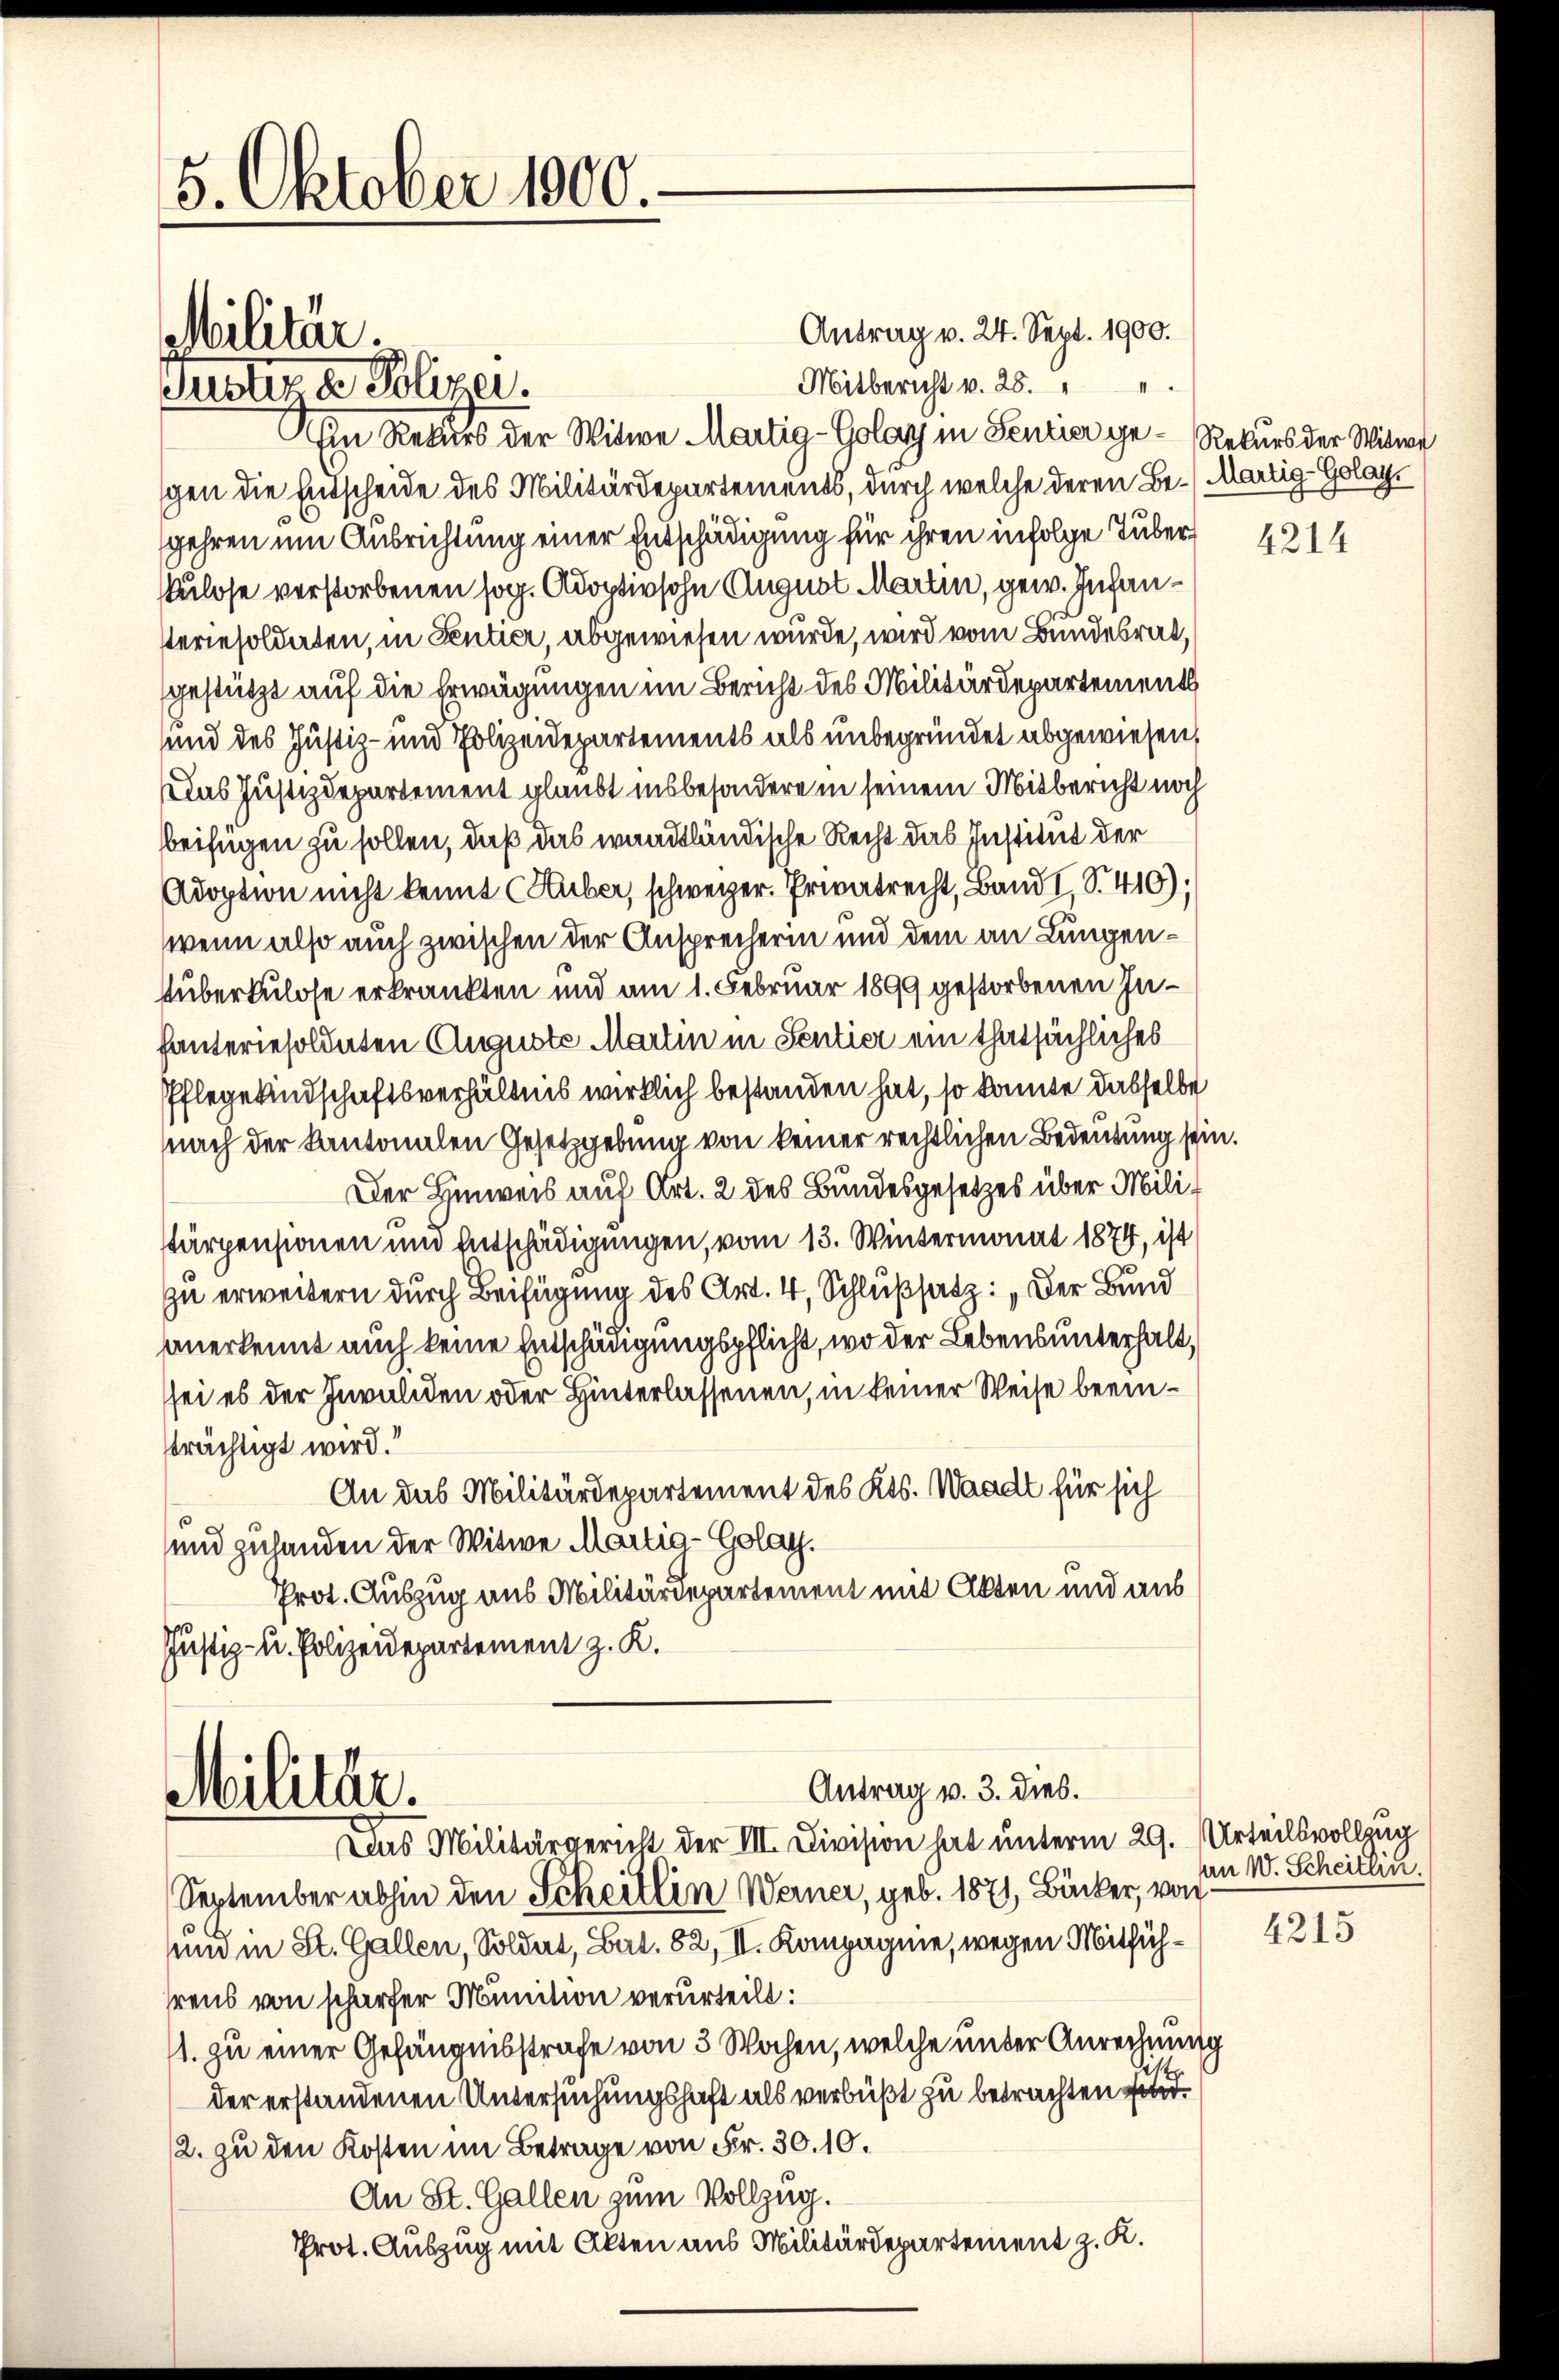
5. Oktober 1900.

Militär.
Justiz & Polizei.

Antrag v. 24. Sept. 1900.
Mitbericht v. 25.
Ein Rekurs der Witwe Martig-Golay in Sentier ge- Rekurs der Witwe
gen die Entscheide des Militärdepartements, durch welche deren Be- Martig-Golay.
gehren um Ausrichtung einer Entschädigung für ihren infolge Tuber,
ulose verstorbenen sog. Adoptivsohn August Martin, gew. Infan¬
Pteriesoldaten, in Sentier, abgewiesen wurde, wird vom Bundesrat,
gestützt auf die Erwägungen im Bericht des Militärdepartement
und des Justiz- und Polizeidepartements als unbegründet abgewiesen,
eins Justizdepartement glaubt insbesondere in seinem Mitbericht noch
beifügen zu sollen, daß das waadtländische Recht das Institut der
Adoption nicht kennt Huber, schweizer. Privatrecht, Band I, S. 410);
wenn also auch zwischen der Ansprecherin und dem an Lungen¬
Tuberkulose erkrankten und am 1. Februar 1899 gestorbenen Inhanteriesoldaten Auguste Martin in Sentier ein thatsächliches
Pflegekindschaftsverhältnis wirklich bestanden hat, so konnte dasselbe
nach der Kantonalen Gesetzgebung von keiner rechtlichen Bedeutung sein.
Der Hinweis auf Art. 2 des Bundesgesetzes über Milistärpensionen und Entschädigungen, vom 13. Wintermonat 1874, ist
zu erweitern durch Beifügung des Art. 4, Schlußsatz: „Der Bund
anerkennt auch keine Entschädigungspflicht, wo der Lebensunterhalt,
sei es der Invaliden oder Hinterlassenen, in keiner Weise beeinsträchtigt wird.“
An das Militärdepartement des Kts. Waadt für sich
und zuhanden der Witwe Martig-Golay.
Prot. Auszug aus Militärdepartement mit Akten und aus
Justiz- u. Polizeidepartement z. K.

Militär.

Antrag v. 3. dies.

Das Militärgericht der III. Division hat unterm 29. Urteilsvollzug
September abhin den Scheitlin Werner, geb. 1871, Bäcker, von
und in St. Gallen, Soldat, Bat. 82, II. Kompagnie, wegen Mitfühhrens von schärfer Munition verurteilt:
1. zu einer Gefängnisstrafe von 3 Wochen, welche unter Anrechnung
der erstandenen Untersuchungshaft als verbüßt zu betrachten find¬
2. zu den Kosten im Betrage von Fr. 30.10.
An St. Gallen zum Vollzug.
Prot. Auszug mit Akten aus Militärdepartement z. K.

4214

an W. Scheitlin.

4215